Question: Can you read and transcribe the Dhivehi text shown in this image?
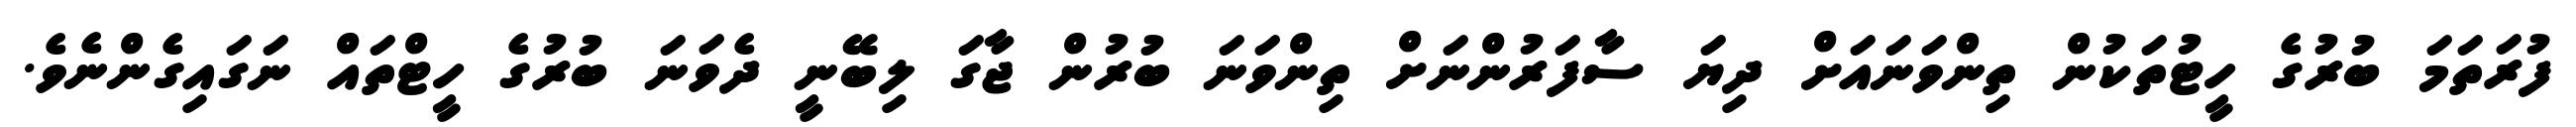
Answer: ފުރަތަމަ ބުރުގެ ހީޓުތަކުން ތިންވަނައަށް ދިޔަ ސާފަރުންނަށް ތިންވަނަ ބުރުން ޖާގަ ލިބޭނީ ދެވަނަ ބުރުގެ ހީޓްތައް ނަގައިގެންނެވެ.